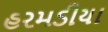
હરમડીયા